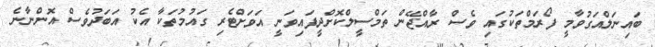
ބައިނަލްއަގުވާމީ ފޯރަމްތަކުގައި ވެސް ރާއްޖޭން ތަމްސީލްކޮށްދީފައިވަނީ އަވަށްޓެރި ގައުމުތަކާ އެކު އަބަދުވެސް އޮންނާނެ